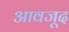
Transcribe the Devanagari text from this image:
आवजूद